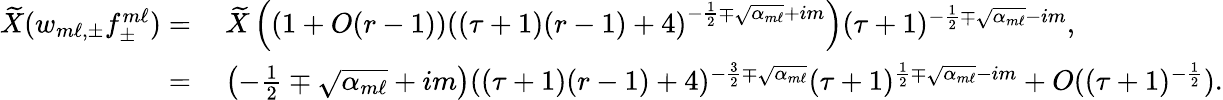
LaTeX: \begin{array}{rl}{\widetilde{X}(w_{m\ell,\pm}f_{\pm}^{m\ell})=}&{\: \widetilde{X}\left((1+O(r-1))\left((\tau+1)(r-1)+4\right)^{-\frac{1}{2}\mp\sqrt{\alpha_{m\ell}}+im}\right)(\tau+1)^{-\frac{1}{2}\mp\sqrt{\alpha_{m\ell}}-im},}\\ {=}&{\: \left(-\frac{1}{2}\mp\sqrt{\alpha_{m\ell}}+im\right)((\tau+1)(r-1)+4)^{-\frac{3}{2}\mp\sqrt{\alpha_{m\ell}}}(\tau+1)^{\frac{1}{2}\mp\sqrt{\alpha_{m\ell}}-im}+O((\tau+1)^{-\frac{1}{2}}).}\end{array}